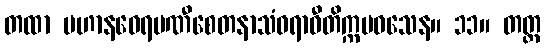
တထာ ပဟာနဝေရမဏီစေတနာသံဝရာဝီတိက္ကမဝသေန။ ၁၁။ တတ္ထ